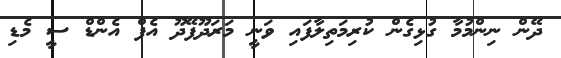
ދޭން ނިންމުމާ ގުޅިގެން ކުރިމަތިލާފައި ވަނީ މަރަދޫފޭދޫ އެފް އެންޑް ސީ މެޑި